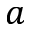
a